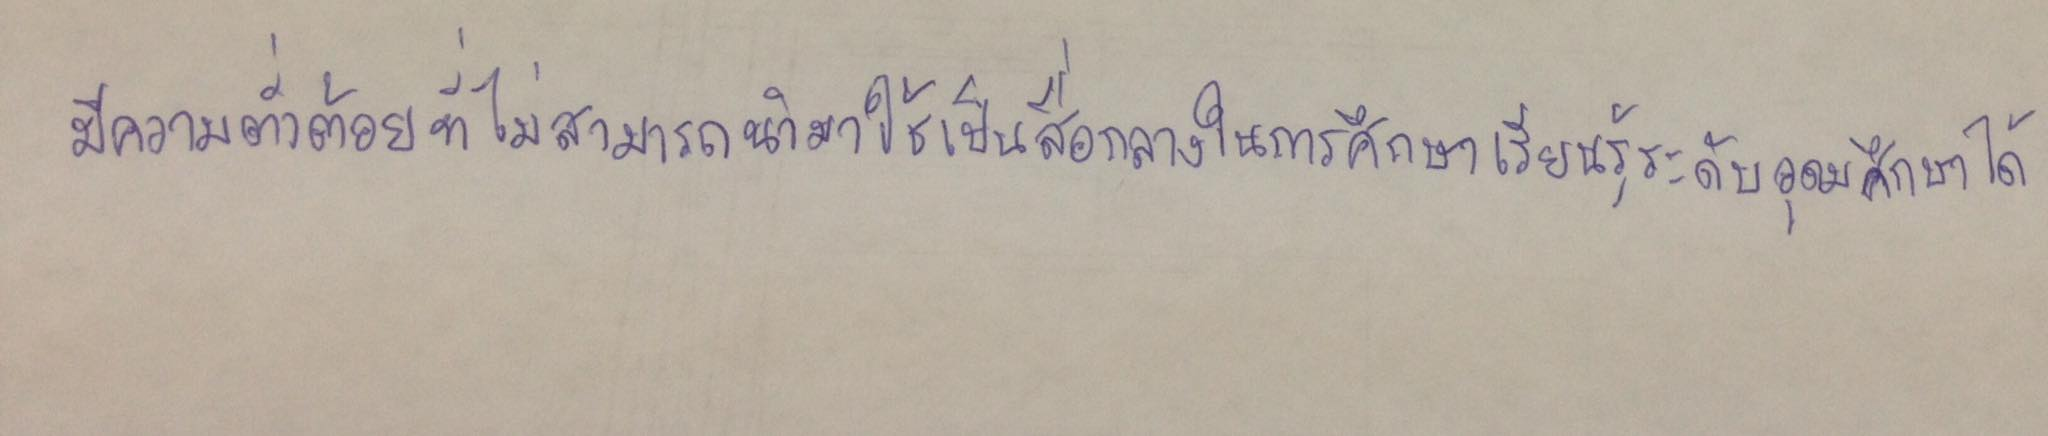
มีความต่ำต้อยที่ไม่สามารถนำมาใช้เป็นสื่อกลางในการศึกษาเรียนรู้ระดับอุดมศึกษาได้